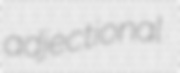
adjectional